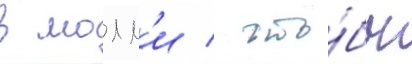
в молл'и / что́бы